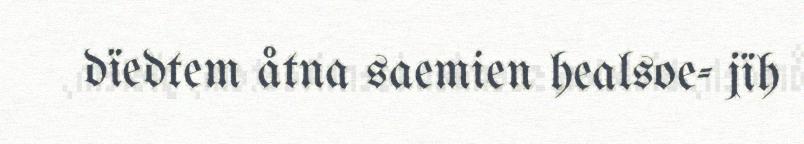
dïedtem åtna saemien healsoe- jïh